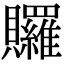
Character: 𧹐